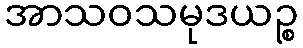
အာသဝသမုဒယဉ္စ